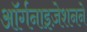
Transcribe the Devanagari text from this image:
ऑर्गनाइज़ेशनने